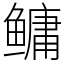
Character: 鳙